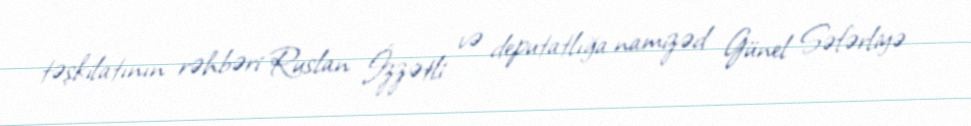
təşkilatının rəhbəri Ruslan İzzətli və deputatlığa namizəd Günel Səfərliyə